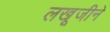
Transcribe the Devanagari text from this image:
लखूजीने